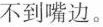
不到嘴边。